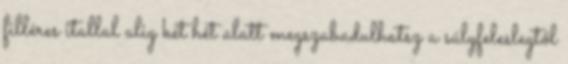
filléres itallal alig két hét alatt megszabadulhatsz a súlyfeleslegtől